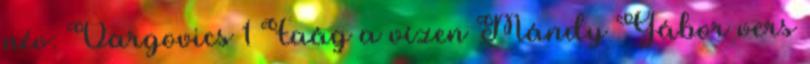
név: Vargovics 1 Faág a vízen Mándy Gábor vers